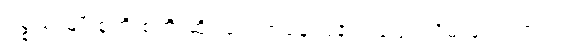
ပစ္စည်းမျိုးစုံကို စတိုးဆိုင်တွေကနေ ပြန်လည်ရုပ်သိမ်းခဲ့ရပါတယ်။